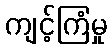
ကျင့်ကြံမှု